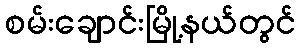
စမ်းချောင်းမြို့နယ်တွင်